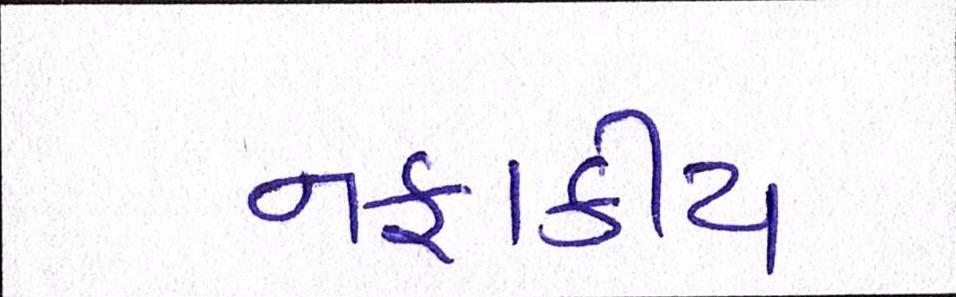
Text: નફાકીય